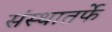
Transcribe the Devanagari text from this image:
संस्थातर्फे